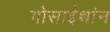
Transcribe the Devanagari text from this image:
गोसाईथांन